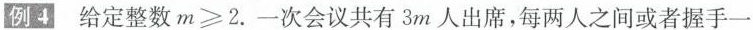
例4 给定整数$$m ≥ 2$$.一次会议共有3m人出席，每两人之间或者握手一